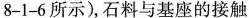
8-1-6所示)，石料与基座的接触